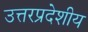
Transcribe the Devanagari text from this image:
उत्तरप्रदेशीय